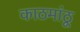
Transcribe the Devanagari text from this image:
काठमांठू